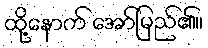
ထို့နောက် အော်မြည်၏။